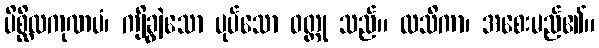
ပိစ္ဆိလကုဏပံ၊ ကျိချွဲသော ပုပ်သော ဝတ္ထု သည်။ လသိကာ၊ အစေးမည်၏။